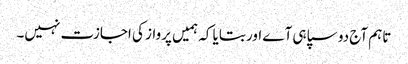
تاہم آج دو سپاہی آے اور بتایا کہ ہمیں پرواز کی اجازت نہیں۔